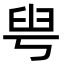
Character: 𦥚